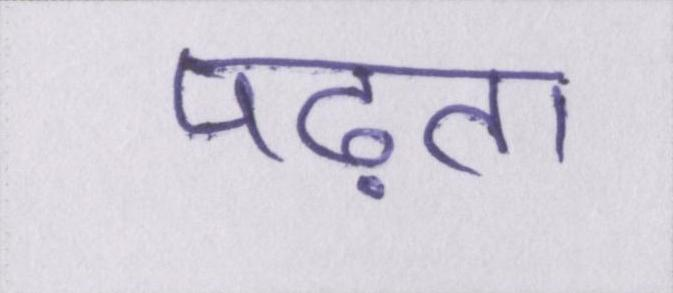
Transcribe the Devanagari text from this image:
पढ़ता